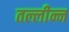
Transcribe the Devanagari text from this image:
तल्लीन्न